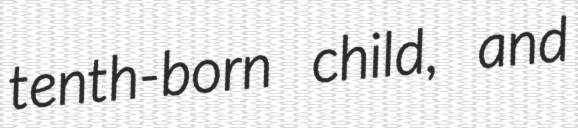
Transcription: tenth-born child, and